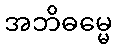
အဘိဓမ္မေ